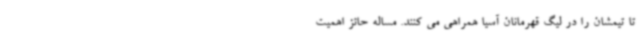
تا تیمشان را در لیگ قهرمانان آسیا همراهی می کنند. مساله حائز اهمیت